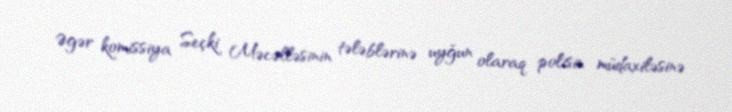
Əgər komissiya Seçki Məcəlləsinin tələblərinə uyğun olaraq polisin müdaxiləsinə